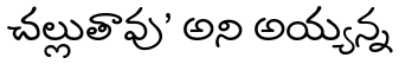
చల్లుతావు' అని అయ్యన్న